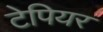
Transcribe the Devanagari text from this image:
टेपियर